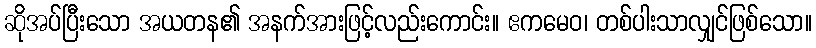
ဆိုအပ်ပြီးသော အယတန၏ အနက်အားဖြင့်လည်းကောင်း။ ဧကမေဝ၊ တစ်ပါးသာလျှင်ဖြစ်သော။